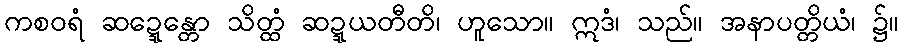
ကစဝရံ ဆဍ္ဍေန္တော သိတ္ထံ ဆဍ္ဍယတီတိ၊ ဟူသော။ ဣဒံ၊ သည်။ အနာပတ္တိယံ၊ ၌။